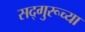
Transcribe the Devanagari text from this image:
सद्‌गुरूच्या